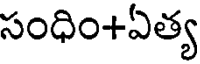
సంధిం+ఏత్య